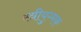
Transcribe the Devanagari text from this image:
स्त्रीयुग्मक